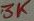
Text: 3K